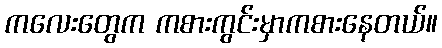
ကလေးတွေက ကစားကွင်းမှာကစားနေတယ်။